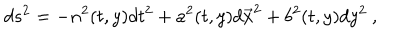
d s ^ { 2 } = - n ^ { 2 } ( t , y ) d t ^ { 2 } + a ^ { 2 } ( t , y ) d { \vec { x } } ^ { 2 } + b ^ { 2 } ( t , y ) d y ^ { 2 } \ ,